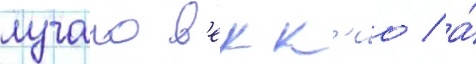
лучано в'екк'ио / а́